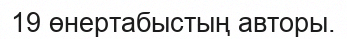
19 өнертабыстың авторы.